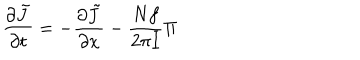
{ \frac { \partial \tilde { J } } { \partial t } } = - { \frac { \partial \tilde { J } } { \partial x } } - { \frac { N f } { 2 \pi I } } \Pi